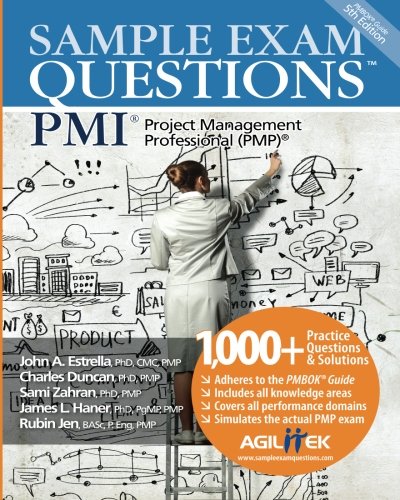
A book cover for Sample Exam Questions: PMI Project Management Professional (PMP); John A Estrella; Test Preparation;